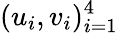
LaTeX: (u_{i},v_{i})_{i=1}^{4}